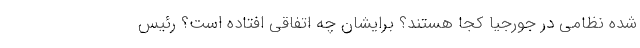
شده نظامی در جورجیا کجا هستند؟ برایشان چه اتفاقی افتاده است؟ رئیس